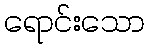
ရောင်းသော